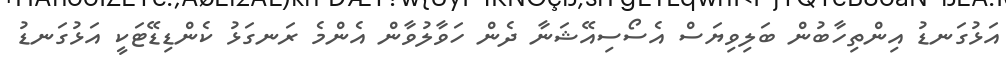
އަޅުގަނޑު އިންތިހާބުން ބަލިވިޔަސް އެސޯސިއޭޝަނާ ދެން ހަވާލުވާން އެންމެ ރަނގަޅު ކެންޑިޑޭޓަކީ އަޅުގަނޑު